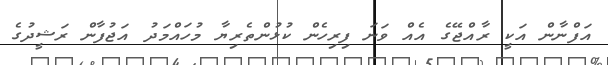
އަފްނާން އަކީ ރާއްޖޭގެ އެއް ވަނަ ފިރިހެން ކުޅުންތެރިޔާ މުހައްމަދު އަޖުފާން ރަޝީދުގެ